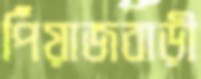
পিঁয়াজবাড়ী